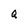
Character: q